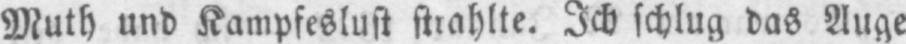
Muth und Kampfeslust strahlte. Ich schlug das Auge